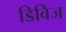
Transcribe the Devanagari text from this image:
डिविज